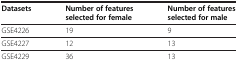
<table><thead><tr><td><b>Datasets</b></td><td><b>Number of features selected for female</b></td><td><b>Number of features selected for male</b></td></tr></thead><tbody><tr><td>GSE4226</td><td>19</td><td>9</td></tr><tr><td>GSE4227</td><td>12</td><td>13</td></tr><tr><td>GSE4229</td><td>36</td><td>13</td></tr></tbody></table>